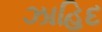
ઝાહિદ